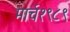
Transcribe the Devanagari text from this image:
मार्च१९८९